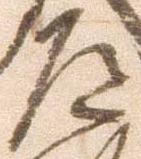
道